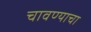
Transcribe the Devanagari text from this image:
चावण्याचा